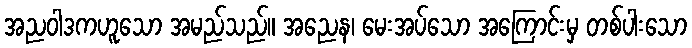
အညဝါဒကဟူသော အမည်သည်။ အညေန၊ မေးအပ်သော အကြောင်းမှ တစ်ပါးသော